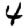
Digit: 4